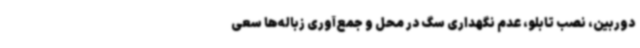
دوربین، نصب تابلو، عدم نگهداری سگ در محل و جمع‌آوری زباله‌ها سعی